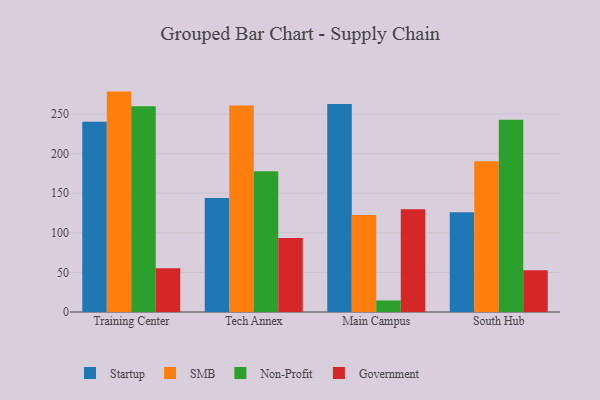
{"axis": {"x": "Campus", "y": "Energy Usage (MWh)"}, "legend": ["Government", "Non-Profit", "SMB", "Startup"], "data": [{"x": "Training Center", "y": 240.3, "type": "Startup"}, {"x": "Training Center", "y": 278.3, "type": "SMB"}, {"x": "Training Center", "y": 259.9, "type": "Non-Profit"}, {"x": "Training Center", "y": 55.2, "type": "Government"}, {"x": "Tech Annex", "y": 144.0, "type": "Startup"}, {"x": "Tech Annex", "y": 260.7, "type": "SMB"}, {"x": "Tech Annex", "y": 177.6, "type": "Non-Profit"}, {"x": "Tech Annex", "y": 93.4, "type": "Government"}, {"x": "Main Campus", "y": 262.8, "type": "Startup"}, {"x": "Main Campus", "y": 122.6, "type": "SMB"}, {"x": "Main Campus", "y": 14.6, "type": "Non-Profit"}, {"x": "Main Campus", "y": 129.9, "type": "Government"}, {"x": "South Hub", "y": 126.1, "type": "Startup"}, {"x": "South Hub", "y": 190.3, "type": "SMB"}, {"x": "South Hub", "y": 242.6, "type": "Non-Profit"}, {"x": "South Hub", "y": 52.8, "type": "Government"}]}